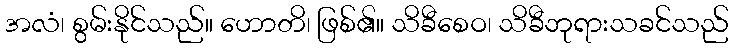
အလံ၊ စွမ်းနိုင်သည်။ ဟောတိ၊ ဖြစ်၏။ သိခီစေဝ၊ သိခီဘုရားသခင်သည်